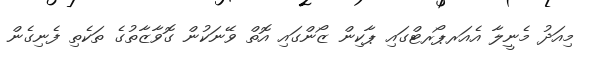
މިއަދު މެނީލާ އެއަރޕޯރޓްގައި ޕާކިން ޒޯންގައި އޮތް ވޭނަކުން ގޮވާޒާތުގެ ތަކެތި ފެނިގެން